Civil Veterinary Department. Madras. Admin. report 1926-33 - 1926-1933
Year: 1926
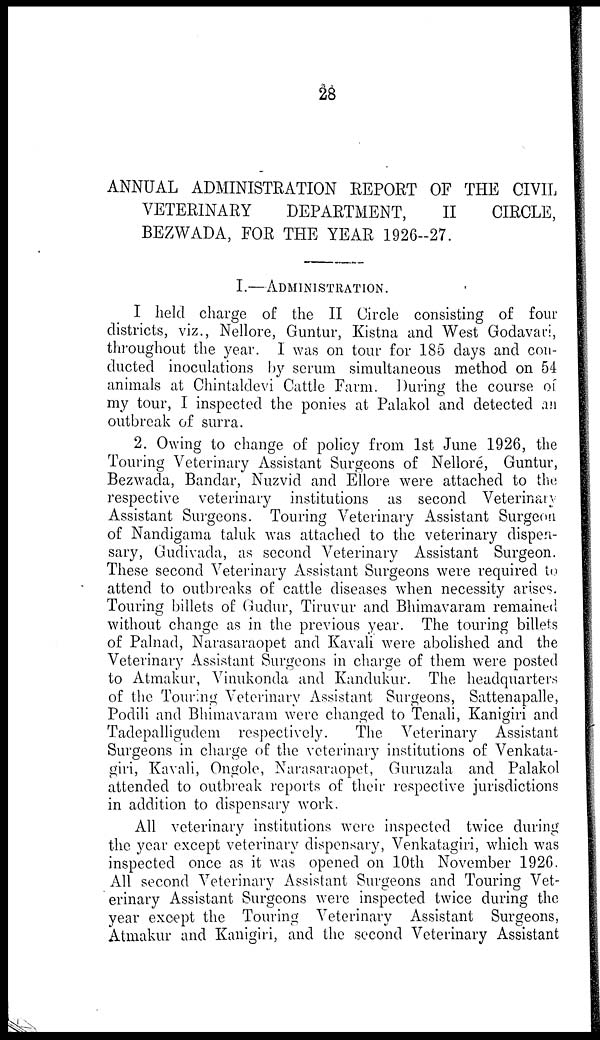
28
ANNUAL ADMINISTRATION REPORT OF THE CIVIL
VETERINARY
DEPARTMENT,
II
CIRCLE,
BEZWADA, FOR THE YEAR 1926—27.
I.—ADMINISTRATION.
I held charge of the II Circle consisting of four
districts, viz., Nellore, Guntur, Kistna and West Godavari,
throughout the year. I was on tour for 185 days and con-
ducted inoculations by serum simultaneous method on 54
animals at Chintaldevi Cattle Farm. During the course of
my tour, I inspected the ponies at Palakol and detected an
outbreak of surra.
2. Owing to change of policy from 1st June 1926, the
Touring Veterinary Assistant Surgeons of Nellore, Guntur,
Bezwada, Bandar, Nuzvid and Ellore were attached to the
respective veterinary institutions as second Veterinary
Assistant Surgeons. Touring Veterinary Assistant Surgeon
of Nandigama taluk was attached to the veterinary dispen-
sary, Gudivada, as second Veterinary Assistant Surgeon.
These second Veterinary Assistant Surgeons were required to
attend to outbreaks of cattle diseases when necessity arises.
Touring billets of Gudur, Tiruvur and Bhimavaram remained
without change as in the previous year. The touring billets
of Palnad, Narasaraopet and Kavali were abolished and the
Veterinary Assistant Surgeons in charge of them were posted
to Atmakur, Vinukonda and Kandukur. The headquarters
of the Touring Veterinary Assistant Surgeons, Sattenapalle,
Podili and Bhimavaram were changed to Tenali, Kanigiri and
Tadepalligudem respectively.
The Veterinary Assistant
Surgeons in charge of the veterinary institutions of Venkata-
giri, Kavali, Ongole, Narasaraopet, Guruzala and Palakol
attended to outbreak reports of their respective jurisdictions
in addition to dispensary work.
All veterinary institutions were inspected twice during
the year except veterinary dispensary, Venkatagiri, which was
inspected once as it was opened on 10th November 1926.
All second Veterinary Assistant Surgeons and Touring Vet-
erinary Assistant Surgeons were inspected twice during the
year except the Touring Veterinary Assistant Surgeons,
Atmakur and Kanigiri, and the second Veterinary Assistant